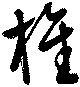
椎